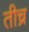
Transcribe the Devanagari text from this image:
तीच्र